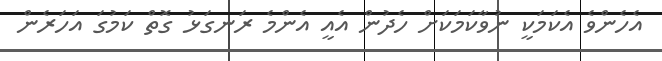
އެހެންވެ އެކަމަކީ ނުވާކަމަކަށް ހެދުން އެއީ އެންމެ ރަނގަޅު ގޮތް ކަމުގަ އަހަރެން